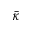
\bar { \kappa }